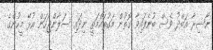
ނާސިރާ އަބްދު ވެސް ބުނެފައިވާ ގޮތުން މަގުތައްމަތީ ނިދައި ސަލާންޖަހަން އުޅޭ މީހުންގެ